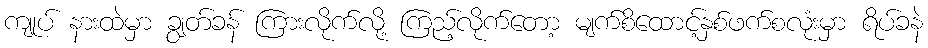
ကျုပ် နားထဲမှာ ချွတ်ခန် ကြားလိုက်လို့ ကြည့်လိုက်တော့ မျက်စိထောင့်နှစ်ဖက်စလုံးမှာ ရိပ်ခနဲ